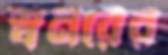
স্বনরের